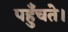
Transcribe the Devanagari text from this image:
पहुँचते।